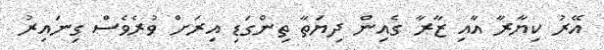
އޭރު ކިޔާރާ އާއި ޒާރާ ގެއިން ދިޔަތާ ތިންގަޑި އިރަށް ވުރެވެސް ގިނައިރު